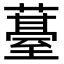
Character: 𮑢